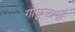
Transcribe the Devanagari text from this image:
गोकुळाची